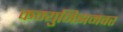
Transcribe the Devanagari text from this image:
कम्युनिझमवर